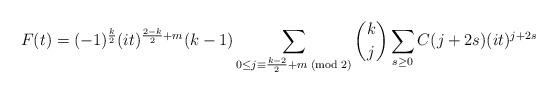
LaTeX: \begin{align*}F(t)=(-1)^{\frac{k}{2}}(it)^{\frac{2-k}{2}+m}(k-1)\sum_{0\leq j\equiv \frac{k-2}{2}+m\;({\rm mod}\;2)}\binom{k}{j}\sum_{s\geq 0}C(j+2s)(it)^{j+2s}\end{align*}